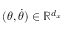
( \theta , \dot { \theta } ) \in \mathbb { R } ^ { d _ { x } }